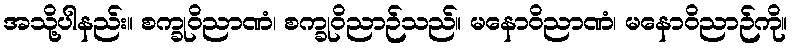
အသို့ပါနည်း။ စက္ခုဝိညာဏံ၊ စက္ခုဝိညာဉ်သည်။ မနောဝိညာဏံ၊ မနောဝိညာဉ်ကို။